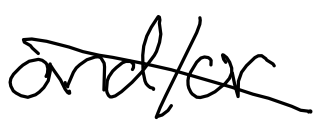
Text: and/or
Cross-out: diagonal
Writing tool: digital_black